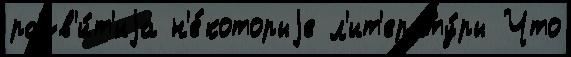
разв'и́т'иjа н'е́которыjе л'ит'ерату́ры Что